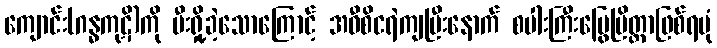
ကျောင်း(ဂန္ဓကုဋိ)ကို မီးရှို့ခဲ့သောကြောင့် အဝီစိငရဲကျပြီးနောက် စပါးကြီးမြွေပြိတ္တာဖြစ်ရပုံ